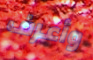
وأعرف